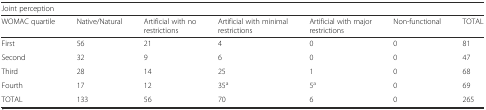
<table><thead><tr><td colspan="7"><b>Joint perception</b></td></tr><tr><td><b>WOMAC quartile</b></td><td><b>Native/Natural</b></td><td><b>Artificial with no restrictions</b></td><td><b>Artificial with minimal restrictions</b></td><td><b>Artificial with major restrictions</b></td><td><b>Non-functional</b></td><td><b>TOTAL</b></td></tr></thead><tbody><tr><td>First</td><td>56</td><td>21</td><td>4</td><td>0</td><td>0</td><td>81</td></tr><tr><td>Second</td><td>32</td><td>9</td><td>6</td><td>0</td><td>0</td><td>47</td></tr><tr><td>Third</td><td>28</td><td>14</td><td>25</td><td>1</td><td>0</td><td>68</td></tr><tr><td>Fourth</td><td>17</td><td>12</td><td>35<sup>a</sup></td><td>5<sup>a</sup></td><td>0</td><td>69</td></tr><tr><td>TOTAL</td><td>133</td><td>56</td><td>70</td><td>6</td><td>0</td><td>265</td></tr></tbody></table>